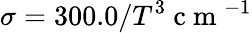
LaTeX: \sigma=300.0/T^{3}\mathrm{~c~m~}^{-1}